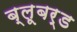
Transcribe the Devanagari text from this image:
ब्लूबर्ड